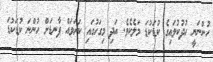
ހުންނަނީ ހުދުކުލައިގެ ކުޑަކުޑަ މަލެކެވެ. އަދި މިގަހުގައި ކަށަވައް ފާނޑަށް ހުންނަ ކުޑަކުޑަ